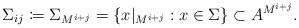
LaTeX: \begin{align*}\Sigma_{i j} \coloneqq \Sigma_{M^{i+j}} = \{ x\vert_{M^{i + j}} : x \in \Sigma \} \subset A^{M^{i + j}}.\end{align*}